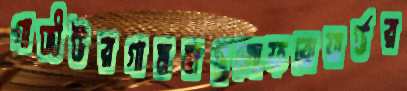
গাজীউরগামছাগুলোফরোয়ার্ডর